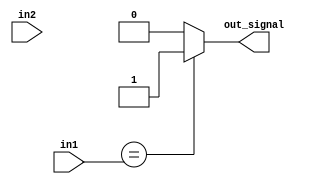
module comparator #(
parameter  in1_width = 32 ,   
           in2_width =32
) (
input   wire  [31:0]  in1,in2,
output  wire          out_signal
);


assign out_signal = (in0 == in1) ? 1'b1 : 1'b0;

endmodule